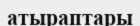
атыраптары